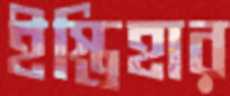
ইস্তিহার